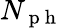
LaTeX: N_{\mathrm{~p~h~}}